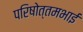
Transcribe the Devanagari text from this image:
परिषोत्तमभाई